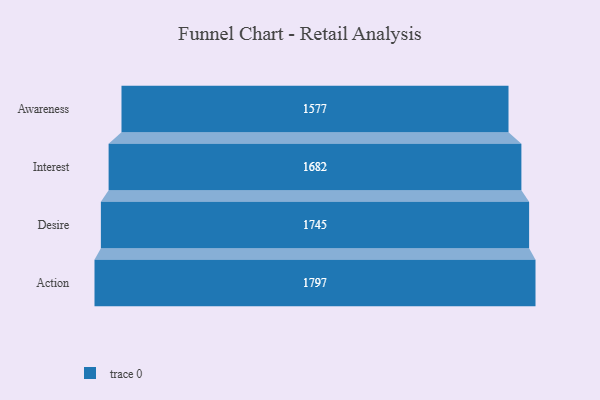
{"axis": {"x": "Stage", "y": "Value"}, "legend": [""], "data": [{"x": "Awareness", "y": 1577.0, "type": ""}, {"x": "Interest", "y": 1682.0, "type": ""}, {"x": "Desire", "y": 1745.0, "type": ""}, {"x": "Action", "y": 1797.0, "type": ""}]}